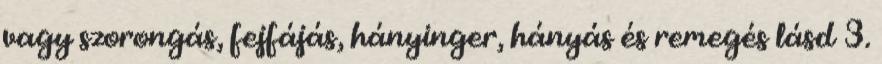
vagy szorongás, fejfájás, hányinger, hányás és remegés lásd 3.